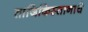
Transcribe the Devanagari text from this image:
ताजिकिस्तानाचे